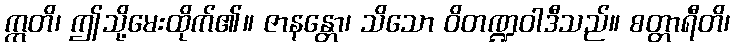
ဣတိ၊ ဤသို့မေးထိုက်၏။ ဇာနန္တော၊ သိသော ဝိတဏ္ဍဝါဒီသည်။ စတ္တာရီတိ၊